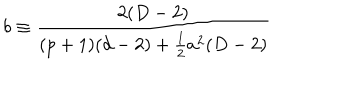
b \equiv \frac { 2 ( D - 2 ) } { ( p + 1 ) ( d - 2 ) + \frac { 1 } { 2 } a ^ { 2 } ( D - 2 ) }